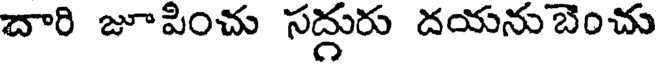
దారి జూపించు సద్దురు దయనుబెంచు